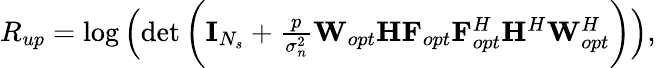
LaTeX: \begin{array}{r}{{R_{up}}=\log\left(\operatorname*{det}\bigg(\mathbf{I}_{N_{s}}+\frac{p}{\sigma_{n}^{2}}{{{{{\mathbf{W}}_{opt}}}}{\mathbf{H}}{{\mathbf{F}}_{opt}}}{{{\mathbf{F}}_{opt}^{H}}{{\mathbf{H}}^{H}}{{{\mathbf{W}}_{opt}^{H}}}}\bigg)\right),}\end{array}